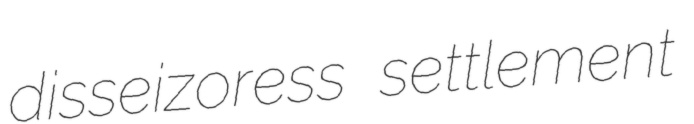
disseizoress settlement